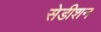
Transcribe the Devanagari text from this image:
सेडीशन